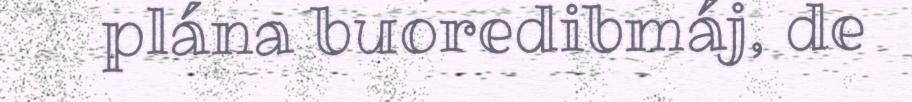
plána buoredibmáj, de